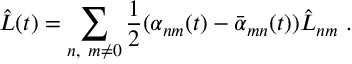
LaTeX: \hat { L } ( t ) = \sum _ { n , \ m \neq 0 } { \frac { 1 } { 2 } } ( \alpha _ { n m } ( t ) - \bar { \alpha } _ { m n } ( t ) ) \hat { L } _ { n m } \ .